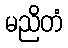
မညိတံ